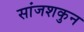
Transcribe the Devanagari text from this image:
सांजशकुन